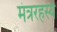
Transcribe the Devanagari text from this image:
मंत्ररहस्य